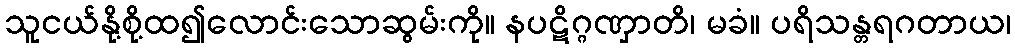
သူငယ်နို့စို့ထ၍လောင်းသောဆွမ်းကို။ နပဋိဂ္ဂဏှာတိ၊ မခံ။ ပရိသန္တရဂတာယ၊